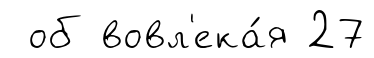
об вовл'ека́я 27